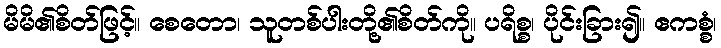
မိမိ၏စိတ်ဖြင့်။ စေတော၊ သူတစ်ပါးတို့၏စိတ်ကို။ ပရိစ္စ၊ ပိုင်းခြား၍။ ဧကစ္စံ၊